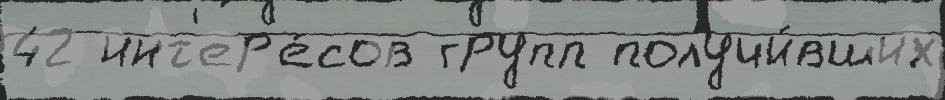
42 инт'ер'е́сов групп получи́вших